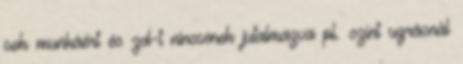
sok munkáért és zd-t nincsenek jutalmazva pl. színt ugrásnál